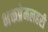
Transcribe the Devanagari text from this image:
भक्तप्रेमलहरी